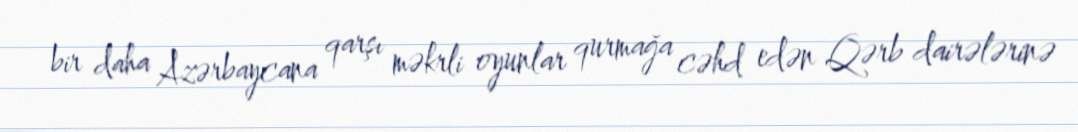
bir daha Azərbaycana qarşı məkrli oyunlar qurmağa cəhd edən Qərb dairələrinə